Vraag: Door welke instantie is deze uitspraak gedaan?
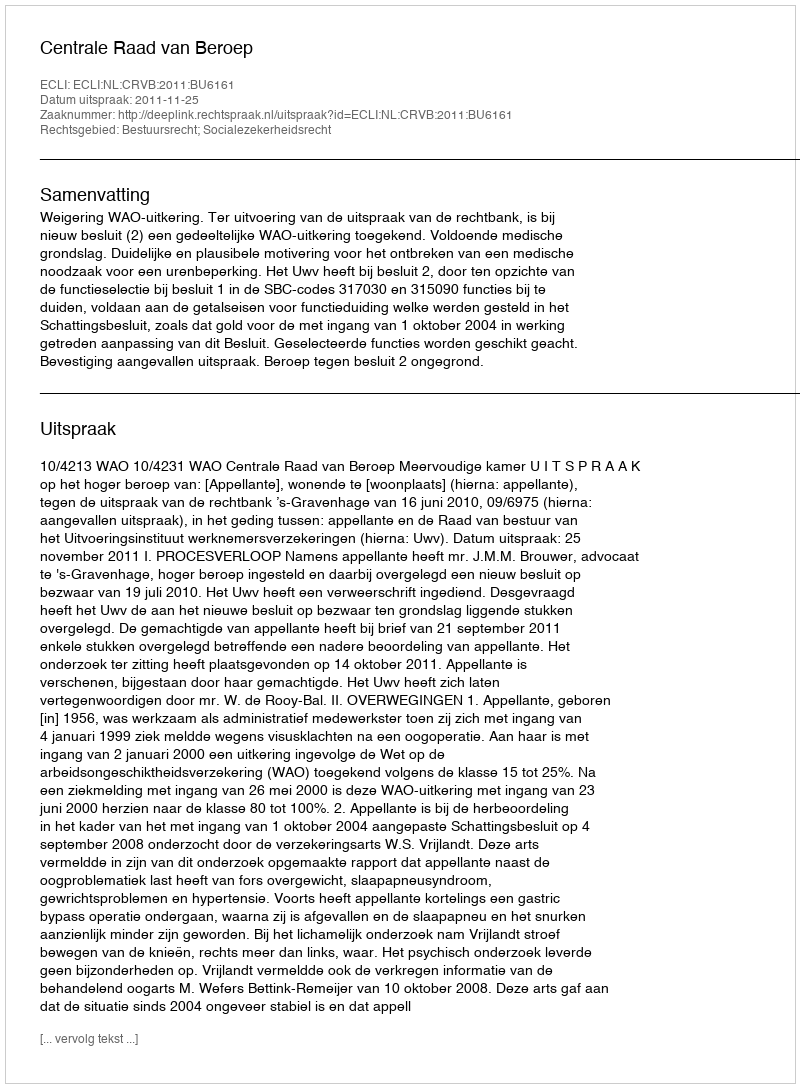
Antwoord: Centrale Raad van Beroep